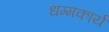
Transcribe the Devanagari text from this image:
धम्मकार्य